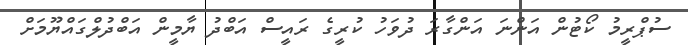
ސުޕްރީމު ކޯޓުން އަންނަ އަންގާރަ ދުވަހު ކުރީގެ ރައީސް އަބްދު ޔާމީން އަބްދުލްގައްޔޫމަށް